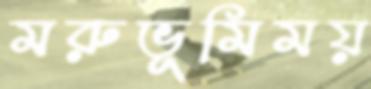
মরুভূমিময়